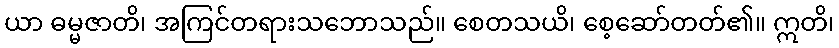
ယာ ဓမ္မဇာတိ၊ အကြင်တရားသဘောသည်။ စေတသယိ၊ စေ့ဆော်တတ်၏။ ဣတိ၊